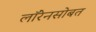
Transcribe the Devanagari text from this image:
लॉरेनसोबत